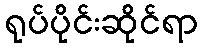
ရုပ်ပိုင်းဆိုင်ရာ